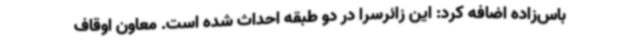
باس‌زاده اضافه کرد: این زائرسرا در دو طبقه احداث شده است. معاون اوقاف